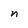
Character: n